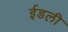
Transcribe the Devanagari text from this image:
ईडली